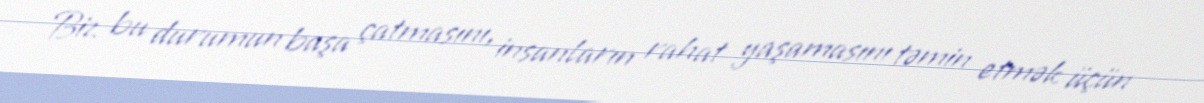
Biz bu durumun başa çatmasını, insanların rahat yaşamasını təmin etmək üçün